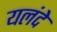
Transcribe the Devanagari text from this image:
यलंदे